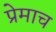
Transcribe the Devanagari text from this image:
प्रेमाच